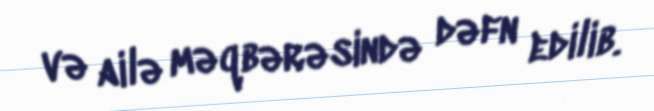
və ailə məqbərəsində dəfn edilib.